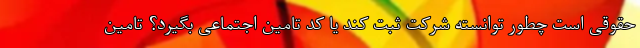
حقوقی است چطور توانسته شرکت ثبت کند یا کد تامین اجتماعی بگیرد؟ تامین